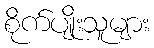
စိုက်ပျိုးသူများ